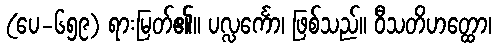
(ပေ-၆၅၉) ရားမြတ်၏။ ပလ္လင်္ကော၊ ဖြစ်သည်။ ဝီသတိဟတ္ထော၊